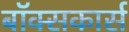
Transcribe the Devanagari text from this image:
बॉक्सकार्स